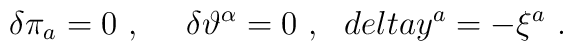
\delta\pi_a =0\ ,\ \ \ \ \delta\vartheta^\alpha =0\ ,\ \ \ \\delta y^a =-\xi^a\ .